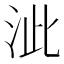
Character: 泚